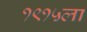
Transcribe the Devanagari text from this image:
१९१५ला